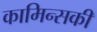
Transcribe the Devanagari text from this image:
कामिन्सकी